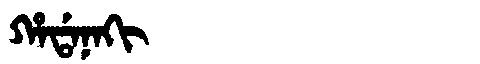
Manchu: ᡥᠠᡩᠠᠨᠠᡴᡳ
Romanization: HADANAKI